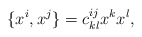
\begin{align*}\{x^i,x^j\} = c_{kl}^{ij}x^kx^l,\end{align*}